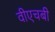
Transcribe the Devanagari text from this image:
वीएचबी